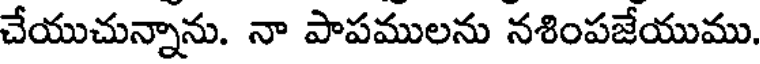
చేయుచున్నాను. నా పాపములను నశింపజేయుము.